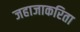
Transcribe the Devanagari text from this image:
जहाजाकरिता